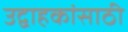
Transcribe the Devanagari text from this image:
उद्वाहकांसाठी